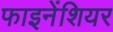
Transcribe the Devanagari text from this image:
फाइनेंशियर